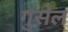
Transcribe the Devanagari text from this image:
गुसेल